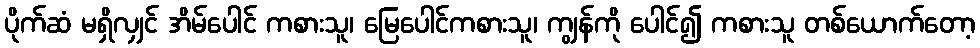
ပိုက်ဆံ မရှိလျှင် အိမ်ပေါင် ကစားသူ၊ မြေပေါင်ကစားသူ၊ ကျွန်ကို ပေါင်၍ ကစားသူ တစ်ယောက်တော့